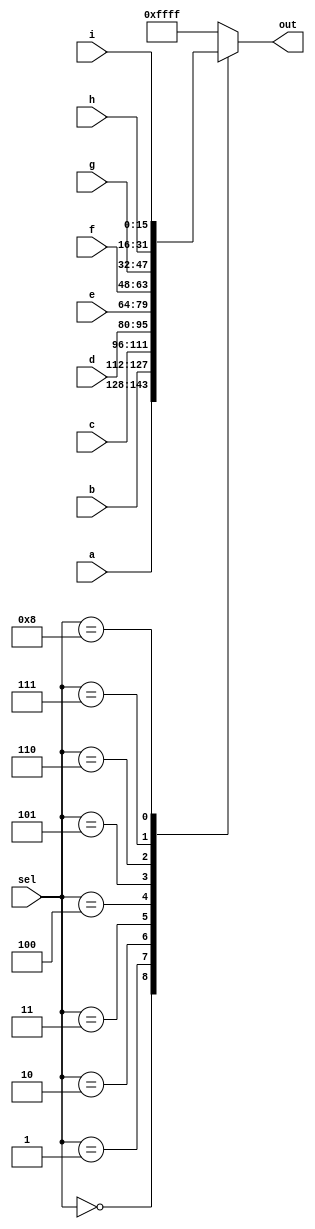
/*

Copyright 2022 Marc Ketel
SPDX-License-Identifier: Apache-2.0

*/

`default_nettype none

module top_module (
    input  wire [15:0] a,
    input  wire [15:0] b,
    input  wire [15:0] c,
    input  wire [15:0] d,
    input  wire [15:0] e,
    input  wire [15:0] f,
    input  wire [15:0] g,
    input  wire [15:0] h,
    input  wire [15:0] i,
    input  wire [ 3:0] sel,
    output wire [15:0] out
);

  reg [15:0] out_i;
  always @(*) begin
    case (sel)
      4'd0: out_i = a;
      4'd1: out_i = b;
      4'd2: out_i = c;
      4'd3: out_i = d;
      4'd4: out_i = e;
      4'd5: out_i = f;
      4'd6: out_i = g;
      4'd7: out_i = h;
      4'd8: out_i = i;
      default: out_i = {16{1'b1}};
    endcase
  end

  assign out = out_i;

endmodule